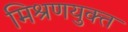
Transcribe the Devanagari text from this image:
मिश्रणयुक्त